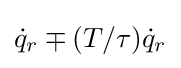
{\dot {q}}_{r}\mp (T/\tau ){\dot {q}}_{r}